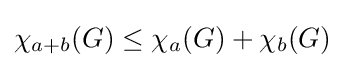
\chi _{a+b}(G)\leq \chi _{a}(G)+\chi _{b}(G)